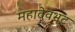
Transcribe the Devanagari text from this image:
महादेवभट